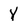
Character: Y